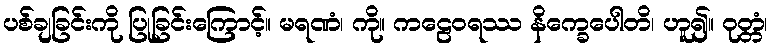
ပစ်ချခြင်းကို ပြုခြင်းကြောင့်။ မရဏံ၊ ကို။ ကဠေဝရဿ နိက္ခေပေါတိ၊ ဟူ၍။ ဝုတ္တံ၊